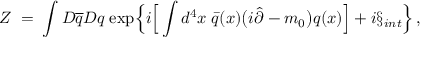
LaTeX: Z \; = \; \int D \overline { { { q } } } D q \; \mathrm { e x p } \Big \{ i \Big [ \int d ^ { 4 } x \; \bar { q } ( x ) \big ( i \hat { \partial } - m _ { 0 } \big ) q ( x ) \Big ] + i { \S } _ { i n t } \Big \} \, ,